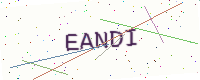
Text: EANDI